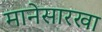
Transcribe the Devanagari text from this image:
मानेसारखा